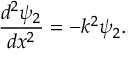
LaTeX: { \frac { d ^ { 2 } \psi _ { 2 } } { d x ^ { 2 } } } = - k ^ { 2 } \psi _ { 2 } .